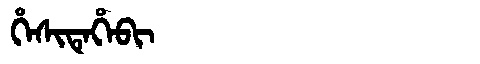
Manchu: ᡥᡝᠰᡳᡨᡝᡥᡝᠪᡳ
Romanization: HESITEHEBI